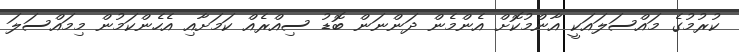
ކުރުމުގެ މައްސަލައަކީ އާންމުކޮށް އެންމެން ދަންނަން ބޮޑު ސިއްރެއް ކަމަށާއި އެހެންކަމުން މިމައްސަލަ